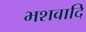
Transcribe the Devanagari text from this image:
भशवादि